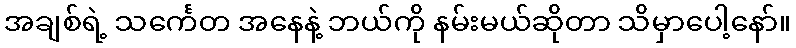
အချစ်ရဲ့ သင်္ကေတ အနေနဲ့ ဘယ်ကို နမ်းမယ်ဆိုတာ သိမှာပေါ့နော်။